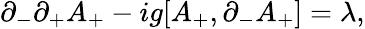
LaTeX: \partial_{-}\partial_{+}A_{+}-ig[A_{+},\partial_{-}A_{+}]=\lambda,